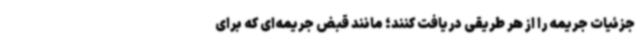
جزئیات جریمه را از هر طریقی دریافت کنند؛ مانند قبض جریمه‌ای که برای